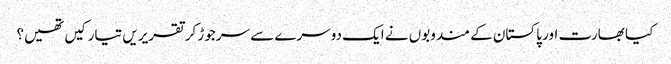
کیا بھارت اور پاکستان کے مندوبوں نے ایک دوسرے سے سرجوڑ کر تقریریں تیار کیں تھیں؟